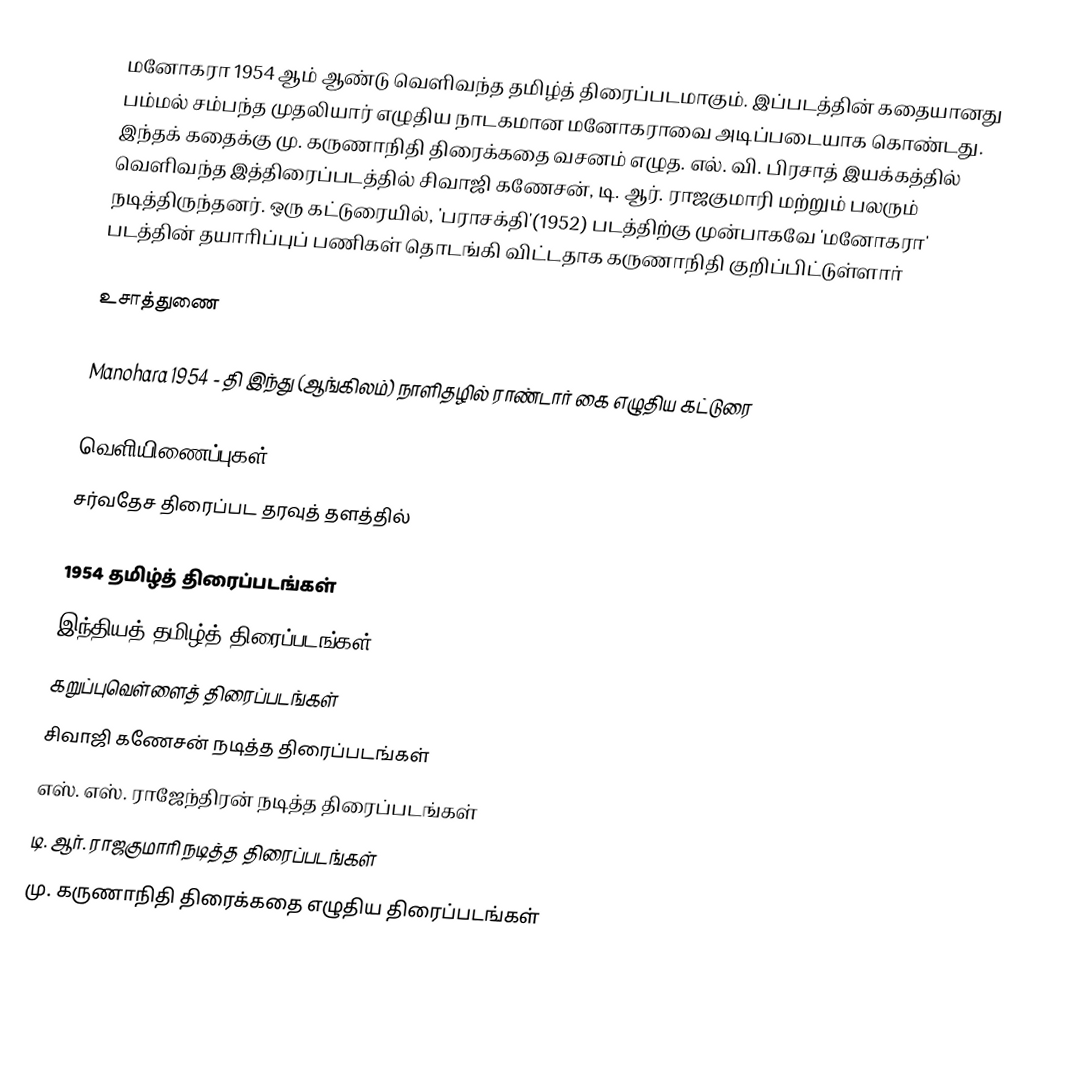
மனோகரா 1954 ஆம் ஆண்டு வெளிவந்த தமிழ்த் திரைப்படமாகும். இப்படத்தின் கதையானது பம்மல் சம்பந்த முதலியார் எழுதிய நாடகமான மனோகராவை அடிப்படையாக கொண்டது. இந்தக் கதைக்கு  மு. கருணாநிதி திரைக்கதை வசனம் எழுத. எல். வி. பிரசாத் இயக்கத்தில் வெளிவந்த இத்திரைப்படத்தில் சிவாஜி கணேசன், டி. ஆர். ராஜகுமாரி மற்றும் பலரும் நடித்திருந்தனர். ஒரு கட்டுரையில், 'பராசக்தி'(1952) படத்திற்கு முன்பாகவே 'மனோகரா' படத்தின் தயாாிப்புப் பணிகள் தொடங்கி விட்டதாக கருணாநிதி குறிப்பிட்டுள்ளாா்

உசாத்துணை

Manohara 1954 - தி இந்து (ஆங்கிலம்) நாளிதழில் ராண்டார் கை எழுதிய கட்டுரை

வெளியிணைப்புகள்
சர்வதேச திரைப்பட தரவுத் தளத்தில்

1954 தமிழ்த் திரைப்படங்கள்
இந்தியத் தமிழ்த் திரைப்படங்கள்
கறுப்புவெள்ளைத் திரைப்படங்கள்
சிவாஜி கணேசன் நடித்த திரைப்படங்கள்
எஸ். எஸ். ராஜேந்திரன் நடித்த திரைப்படங்கள்
டி. ஆர். ராஜகுமாரி நடித்த திரைப்படங்கள்
மு. கருணாநிதி திரைக்கதை எழுதிய திரைப்படங்கள்